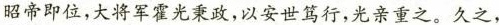
昭帝即位，大将军霍光秉政，以安世笃行，光亲重之。久之，